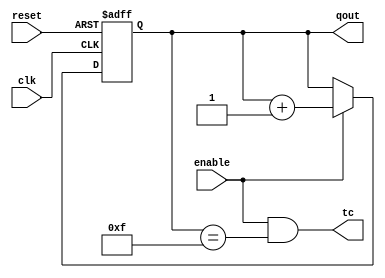
module counter4(clk, reset, enable, qout, tc);
	input clk, reset, enable;
	output reg [3:0] qout;
	output tc;					// terminal count
	
	always @(posedge clk or negedge reset) begin
		if (~reset) qout <= 0;
		else if (enable) qout <= qout + 1;
	end
	
	assign tc = enable && (qout==4'b1111);		

endmodule